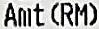
AMT(RM)